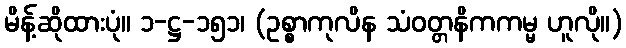
မိန့်ဆိုထားပုံ။ ၁-ဋ္ဌ-၁၅၁၊ (ဥစ္စာကုလိန သံဝတ္တနိကကမ္မ ဟူလို။)